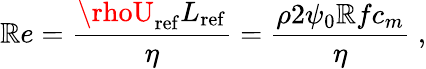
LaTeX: \mathbb{R}e=\frac{{\rhoU_{\mathrm{{ref}}}L_{\mathrm{{ref}}}}}{{\eta}}=\frac{{\rho2\psi_{0}\mathbb{R}fc_{m}}}{{\eta}}\; ,